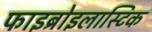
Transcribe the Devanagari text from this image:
फाइब्रोइलास्टिक